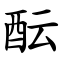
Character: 酝